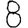
Digit: 8